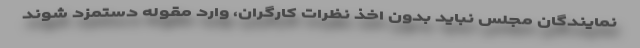
نمایندگان مجلس نباید بدون اخذ نظرات کارگران، وارد مقوله دستمزد شوند